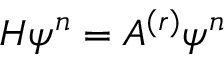
H \psi ^ { n } = A ^ { ( r ) } \psi ^ { n }